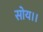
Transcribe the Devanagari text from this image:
सोय।।